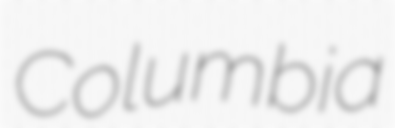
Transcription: Columbia